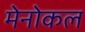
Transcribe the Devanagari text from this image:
मेनोकल